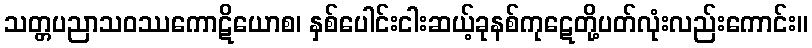
သတ္တပညာသဝဿကောဋိယောစ၊ နှစ်ပေါင်းငါးဆယ့်ခုနစ်ကုဋေတို့ပတ်လုံးလည်းကောင်း။